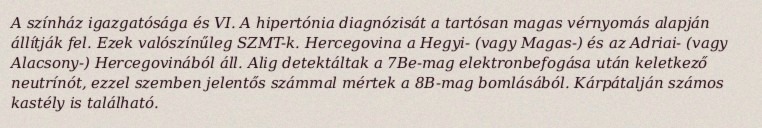
A színház igazgatósága és VI. A hipertónia diagnózisát a tartósan magas vérnyomás alapján állítják fel. Ezek valószínűleg SZMT-k. Hercegovina a Hegyi- (vagy Magas-) és az Adriai- (vagy Alacsony-) Hercegovinából áll. Alig detektáltak a 7Be-mag elektronbefogása után keletkező neutrínót, ezzel szemben jelentős számmal mértek a 8B-mag bomlásából. Kárpátalján számos kastély is található.